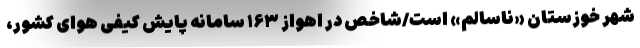
شهر خوزستان «ناسالم» است/شاخص در اهواز ۱۶۳ سامانه پایش کیفی هوای کشور،